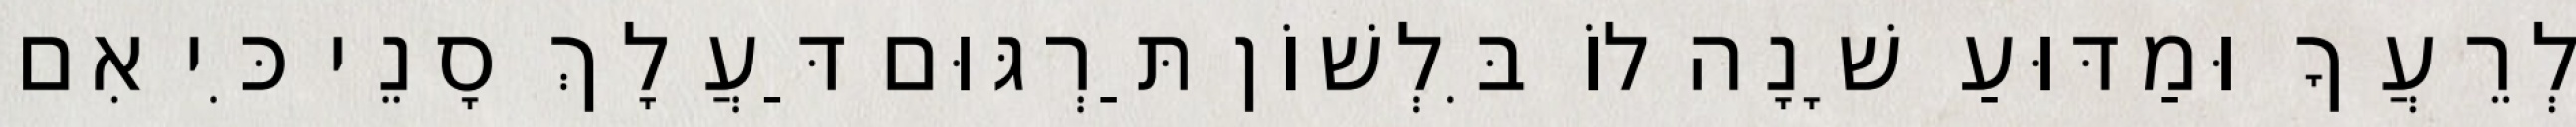
לְרֵעֲךָ וּמַדּוּעַ שָׁנָה לוֹ בִּלְשׁוֹן תַּרְגּוּם דַּעֲלָךְ סָנֵי כִּי אִם